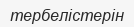
тербелістерін